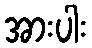
အားပါး